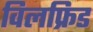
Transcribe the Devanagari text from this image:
विलफ्रिड